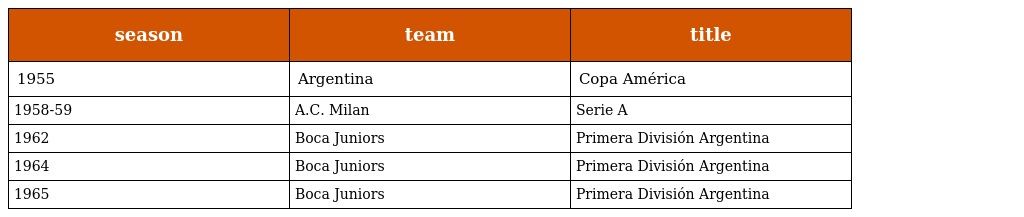
| season | team | title |
 | --- | --- | --- |
 | 1955 | Argentina | Copa América |
 | 1958-59 | A.C. Milan | Serie A |
 | 1962 | Boca Juniors | Primera División Argentina |
 | 1964 | Boca Juniors | Primera División Argentina |
 | 1965 | Boca Juniors | Primera División Argentina |